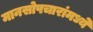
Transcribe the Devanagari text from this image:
मानसोपचारांमध्ये